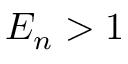
E _ { n } > 1